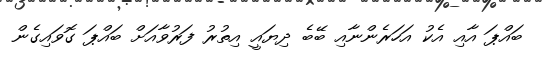
ބައްޕަ އާއި އެކު އަހަރެންނާއި ބޭބެ ދިޔައީ އިތުރު ފަރުވާއަށް ބައްޕަ ގޮވައިގެން